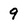
Character: 9